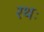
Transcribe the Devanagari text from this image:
रथः